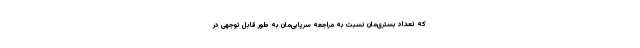
که تعداد بستری‌مان نسبت به مراجعه سرپایی‌مان به طور قابل توجهی در